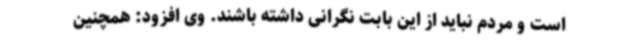
است و مردم نباید از این بابت نگرانی داشته باشند. وی افزود: همچنین